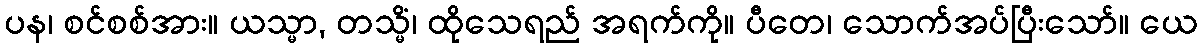
ပန၊ စင်စစ်အား။ ယသ္မာ, တသ္မိံ၊ ထိုသေရည် အရက်ကို။ ပီတေ၊ သောက်အပ်ပြီးသော်။ ယေ